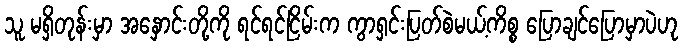
သူ မရှိတုန်းမှာ အနှောင်းတို့ကို ရင်ရင်ငြိမ်းက ကွာရှင်းပြတ်စဲမယ့်ကိစ္စ ပြောချင်ပြောမှာပဲဟု